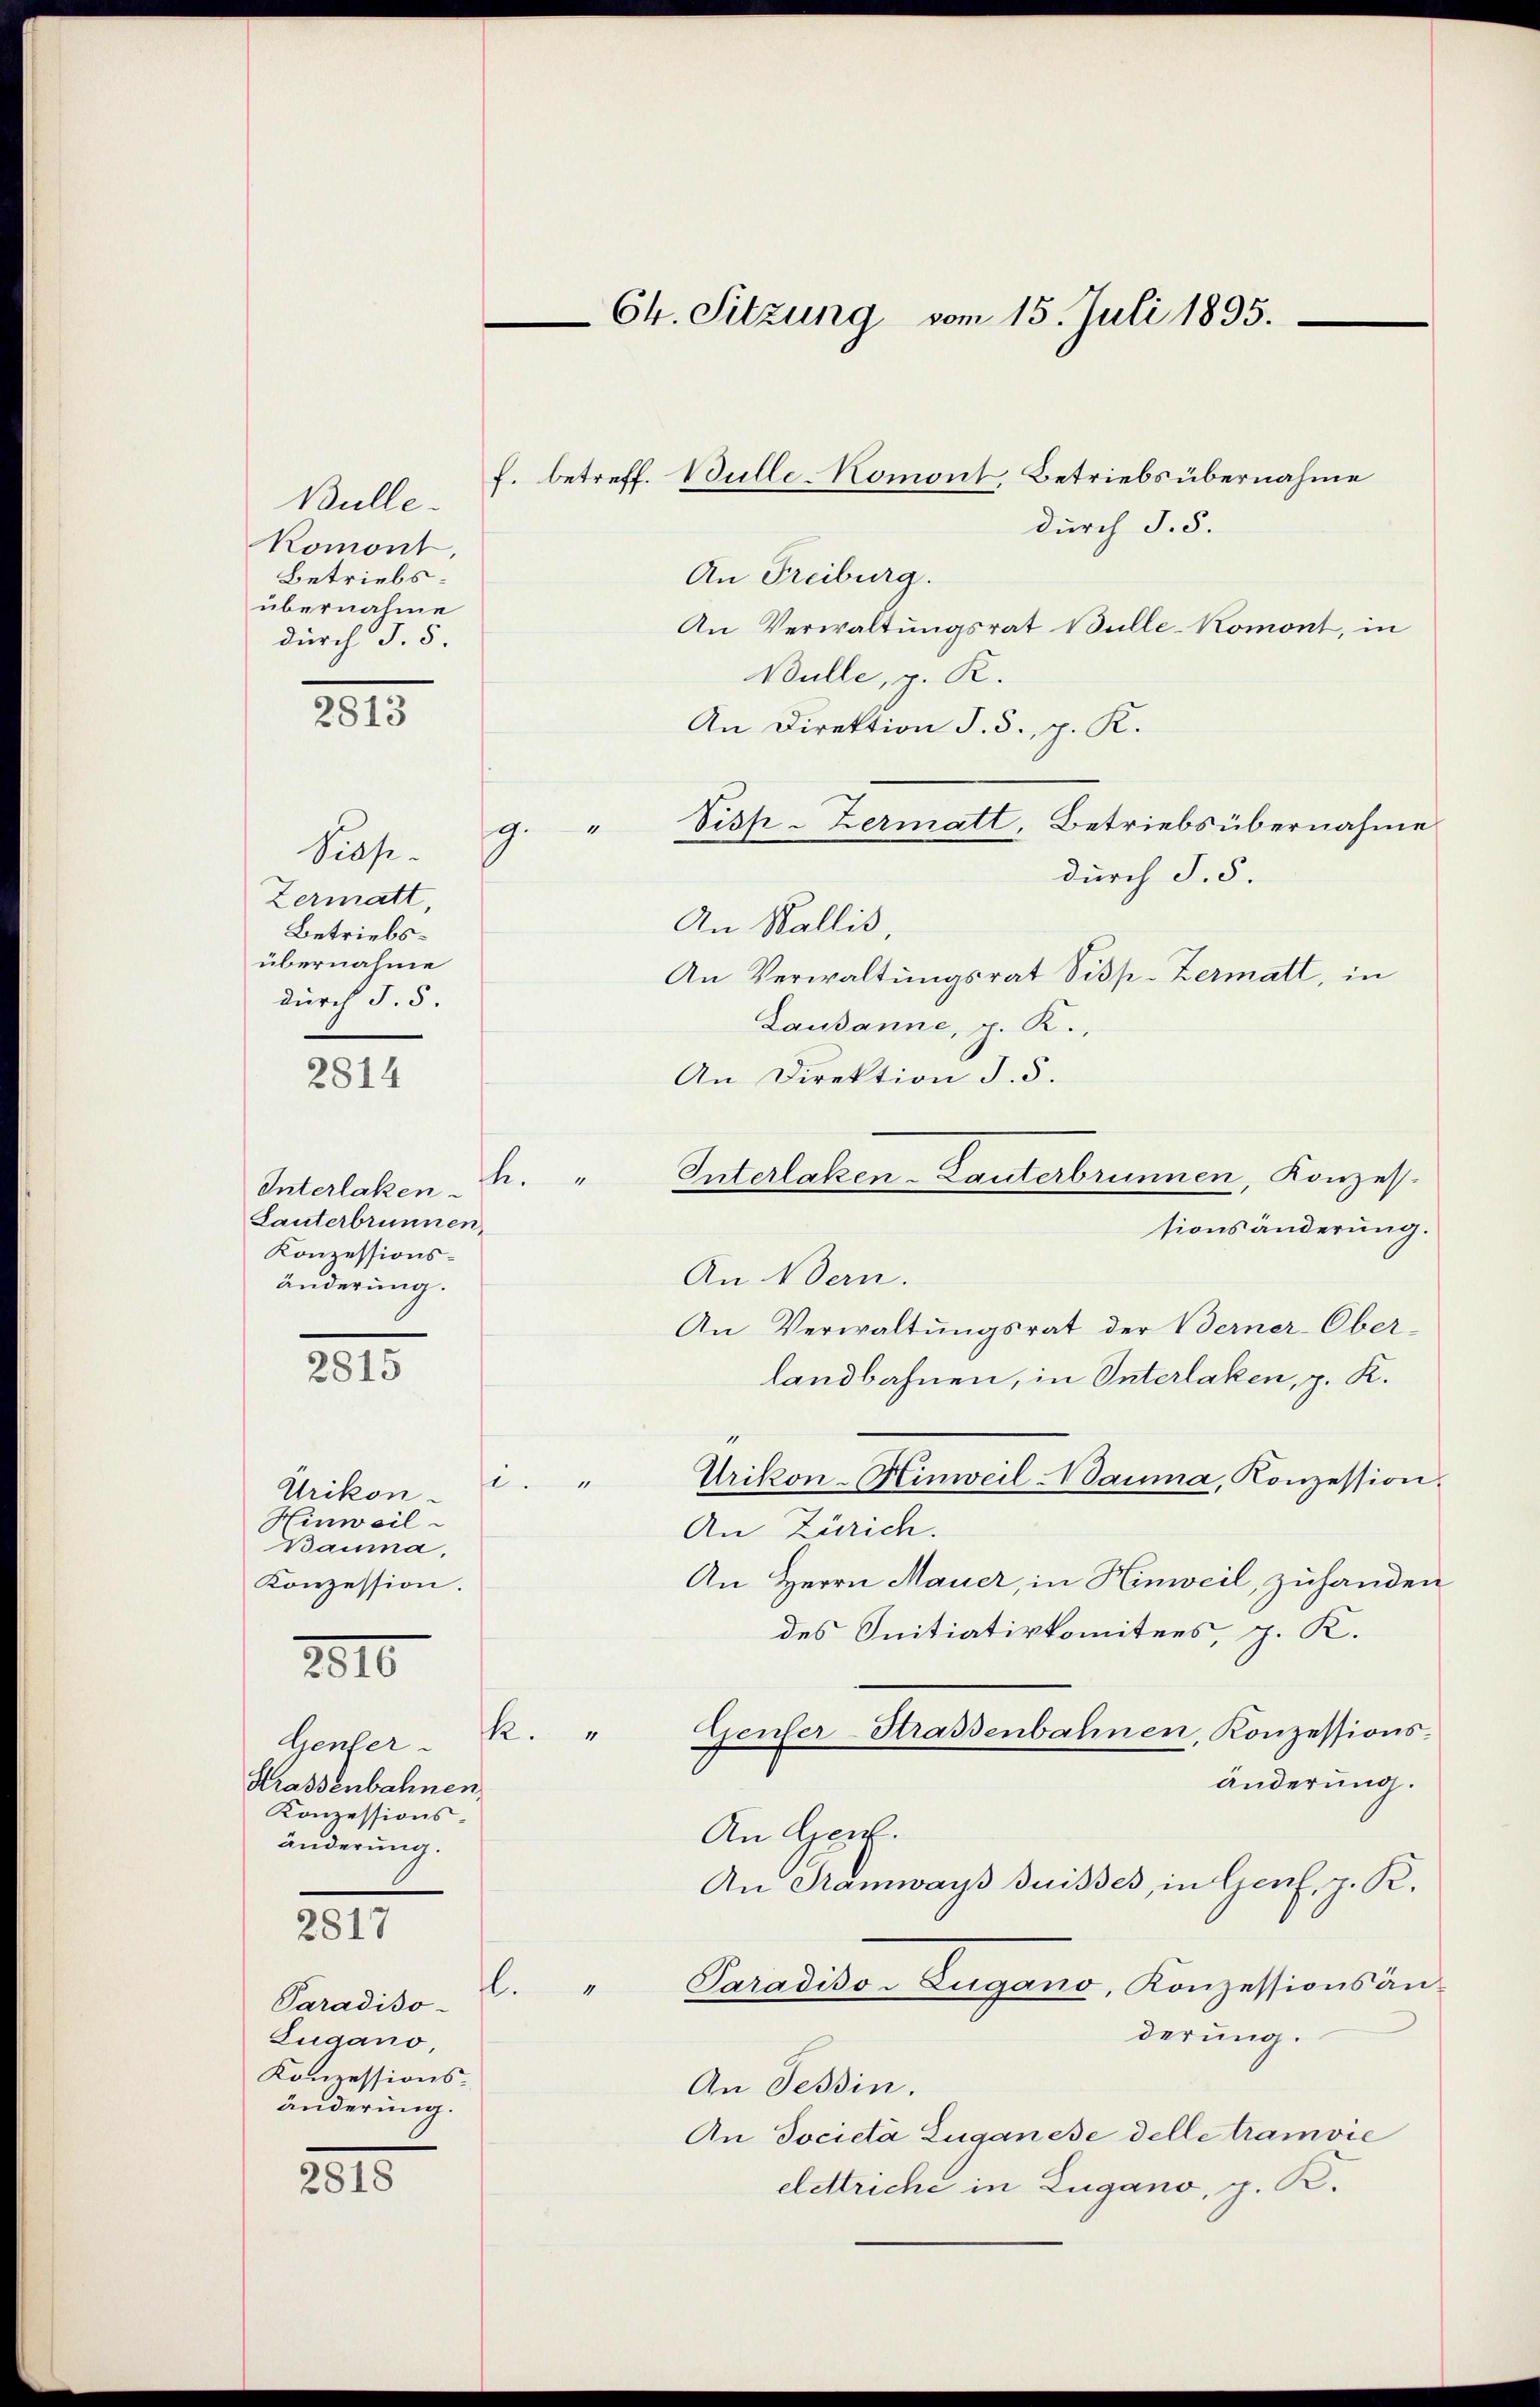
Bulle.
Komont
Betriebsübernahme
durch J. 5.

Siese
Zermatt
Betriebsübernahme
durch §. 5.

Interlaken
Lanterbrunnen,
Konzessionsänderung.

Urikon-
Hinweil
Bauma,
Konzession.
Genfer
Strassenbahnen,
Konzessions-
änderung.
2817
.
Paradiso-
Zugano,
Konzessions-
änderung.

2813

2814

2815

2010

2818

g.

Ch. Sitzung vom 15. Juli 1895.

durch §. 5.
An Freiburg.
An Verwaltungsrat Bülle-Komont, in
Bulle, z. R.
An Direktion d. 5. p. K.
An Wallis,
An Verwaltungsrat Disp. Zermatt, in
Lausanne, p. R.,
An Direktion d. d.
sionsänderung.
An Wern.
An Verwaltungsrat der Berner-Ober-
landbahnen, in Interlaken, p. K.
Urikon-Hinweil Nauma, Konzession.
11.
ti
An Zürich.
An Herrn Mauer, in Hinweil, zuhanden
des Initiativkomitees, p. K.
Cieuler Strassenbahnen, Konzessions¬
.
1
änderung.
An Gen.
An Tramways Suisses, in Genf, p. K.
Paradiso-Zugano, Konzessionsan-
1
derung.
An Tessin.
An Società Zuganese delle tramvie
elettriche in Zugano, g. K.

n

f. betreff. Bulle-Komont Betriebsübernahme

Siss-Zermatt, Betriebsübernahme
durch S. 5.

Interlaken-Lauterbrunnen, Konzes